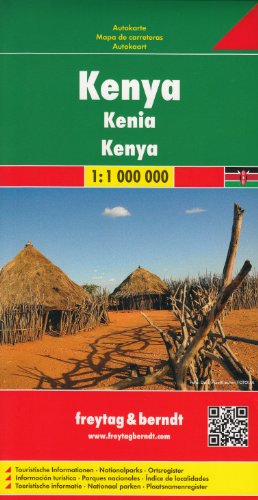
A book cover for Kenya 1:1,000,000 Travel Map FREYTAG, 2012 edition; Freytag; Travel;